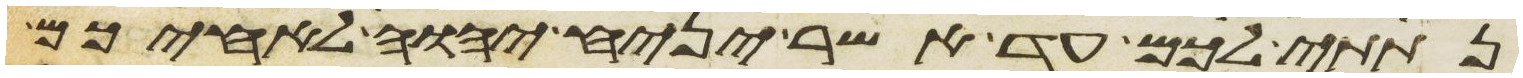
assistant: נתתי לכם עד אשר יניח יהוה לאחיכם